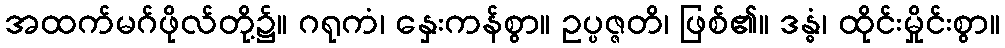
အထက်မဂ်ဖိုလ်တို့၌။ ဂရုကံ၊ နှေးကန်စွာ။ ဥပ္ပဇ္ဇတိ၊ ဖြစ်၏။ ဒန္ဓံ၊ ထိုင်းမှိုင်းစွာ။